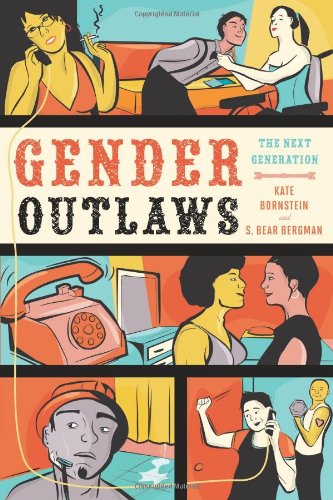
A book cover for Gender Outlaws: The Next Generation; Kate Bornstein; Gay & Lesbian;